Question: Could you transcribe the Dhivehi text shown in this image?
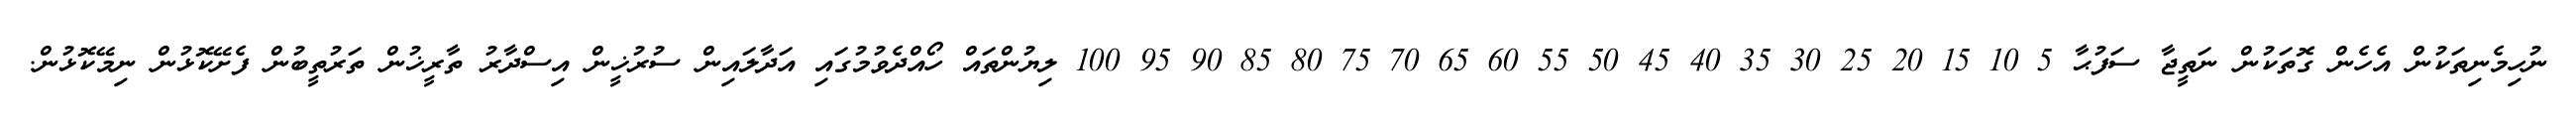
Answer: ނުހިމެނިތަކުން އެހެން ގޮތަކުން ނަތީޖާ ސަފުޙާ 5 10 15 20 25 30 35 40 45 50 55 60 65 70 75 80 85 90 95 100 ލިޔުންތައް ހޯއްދެވުމުގައި އަދާލައިން ސުރުޚީން އިސްދާރު ތާރީޚުން ތަރުތީބުން ފެށޭކޮޅުން ނިމޭކޮޅުން.